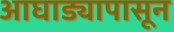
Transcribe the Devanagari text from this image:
आघाड्यापासून